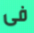
فى